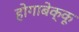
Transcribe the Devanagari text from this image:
होगाबेक्कू